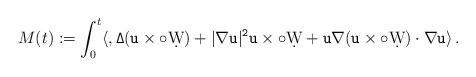
LaTeX: \begin{align*}M(t):=\int_0^t\langle \tt,\Delta (u\times\circ\d W) +|\nabla u|^2u\times\circ \d W+u\nabla (u\times\circ\d W)\cdot \nabla u \rangle\,.\end{align*}